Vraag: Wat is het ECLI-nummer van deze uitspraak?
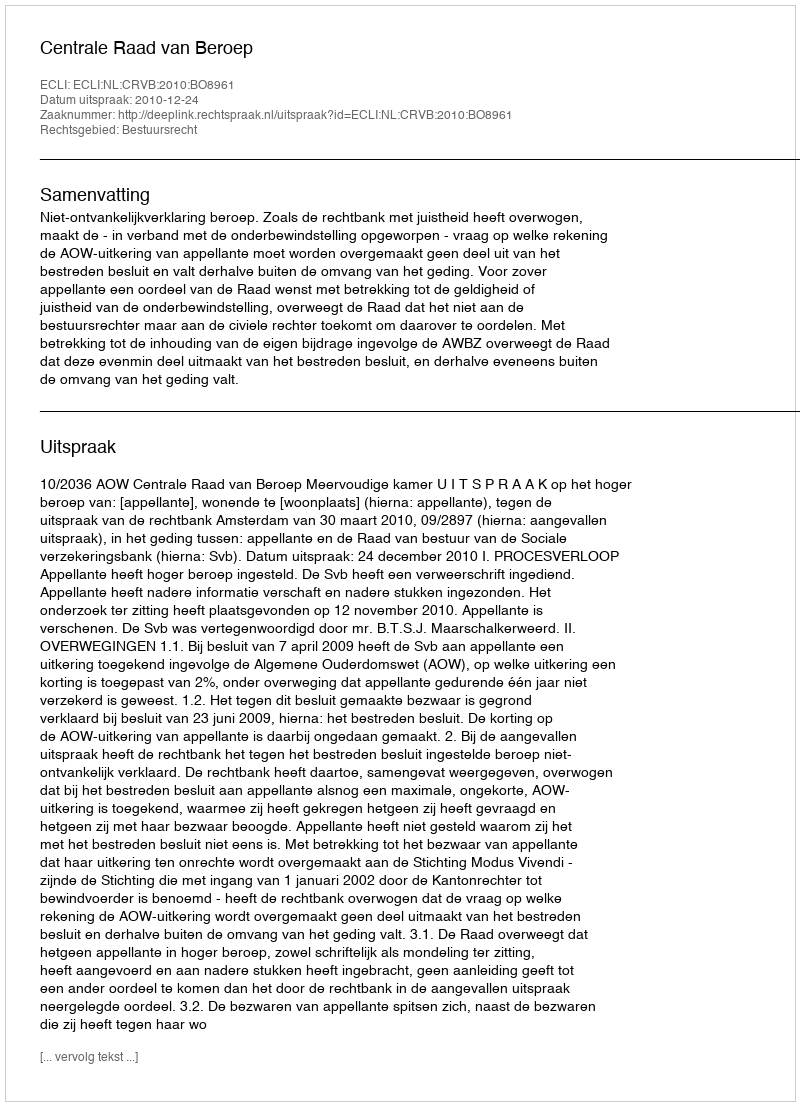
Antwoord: ECLI:NL:CRVB:2010:BO8961